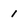
Character: 1